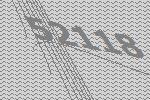
52118